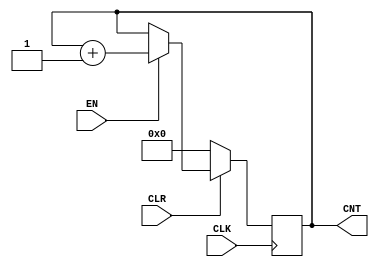
//--RAW TO RGB --- 	
module RAM_READ_COUNTER  (
	input  CLK ,
	input  CLR ,
	input  EN ,
	output  [15:0] CNT 
);

reg [15:0] CNT_ ;

assign CNT = CNT_ ; 

always @(posedge CLK )
 if ( !CLR) CNT_ <=0; 
 else if ( EN ) CNT_ <=CNT_ +1 ; 

endmodule